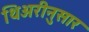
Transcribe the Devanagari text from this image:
थिअरीनुसार